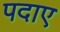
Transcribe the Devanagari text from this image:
पदाए